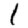
Digit: 1